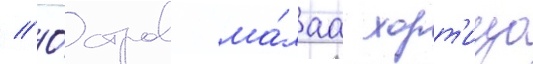
// О́стров ма́лаа хорт'ица